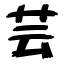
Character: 芸